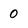
Character: 0